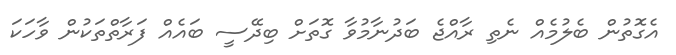
އެގޮތުން ބެލުމެއް ނެތި ރާއްޖެ ބަދުނާމުވާ ގޮތަށް ބިދޭސީ ބައެއް ފަރާތްތަކުން ވާހަކަ